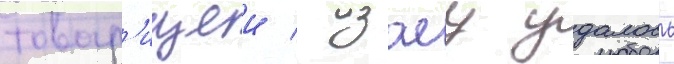
товар'ищеи / изаеу удалось